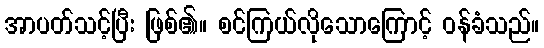
အာပတ်သင့်ပြီး ဖြစ်၏။ စင်ကြယ်လိုသောကြောင့် ဝန်ခံသည်။